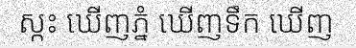
ស្កះ ឃើញភ្នំ ឃើញទឹក ឃើញ